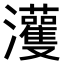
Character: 𤅞